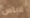
لاباس